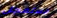
مستعجل